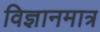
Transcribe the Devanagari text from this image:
विज्ञानमात्र